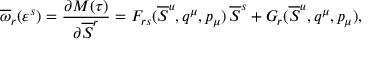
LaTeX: \overline { { { \omega } } } _ { r } ( \varepsilon ^ { s } ) = { \frac { \partial { \cal M } ( \tau ) } { \partial \overline { { { \cal S } } } ^ { r } } } = F _ { r s } ( \overline { { { \cal S } } } ^ { u } , q ^ { \mu } , p _ { \mu } ) \, \overline { { { \cal S } } } ^ { s } + G _ { r } ( \overline { { { \cal S } } } ^ { u } , q ^ { \mu } , p _ { \mu } ) ,